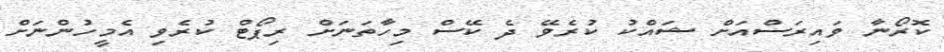
ކޮރޯނާ ވައިރަސްއަށް ޝައްކު ކުރެވޭ ދެ ކޭސް މިހާތަނަށް ރިޕޯޓް ކުރެވި އެމީހުންނަށް